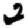
Digit: 2